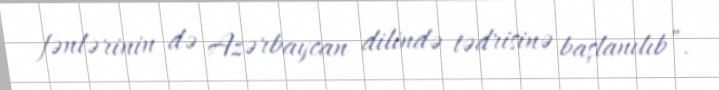
fənlərinin də Azərbaycan dilində tədrisinə başlanılıb”.